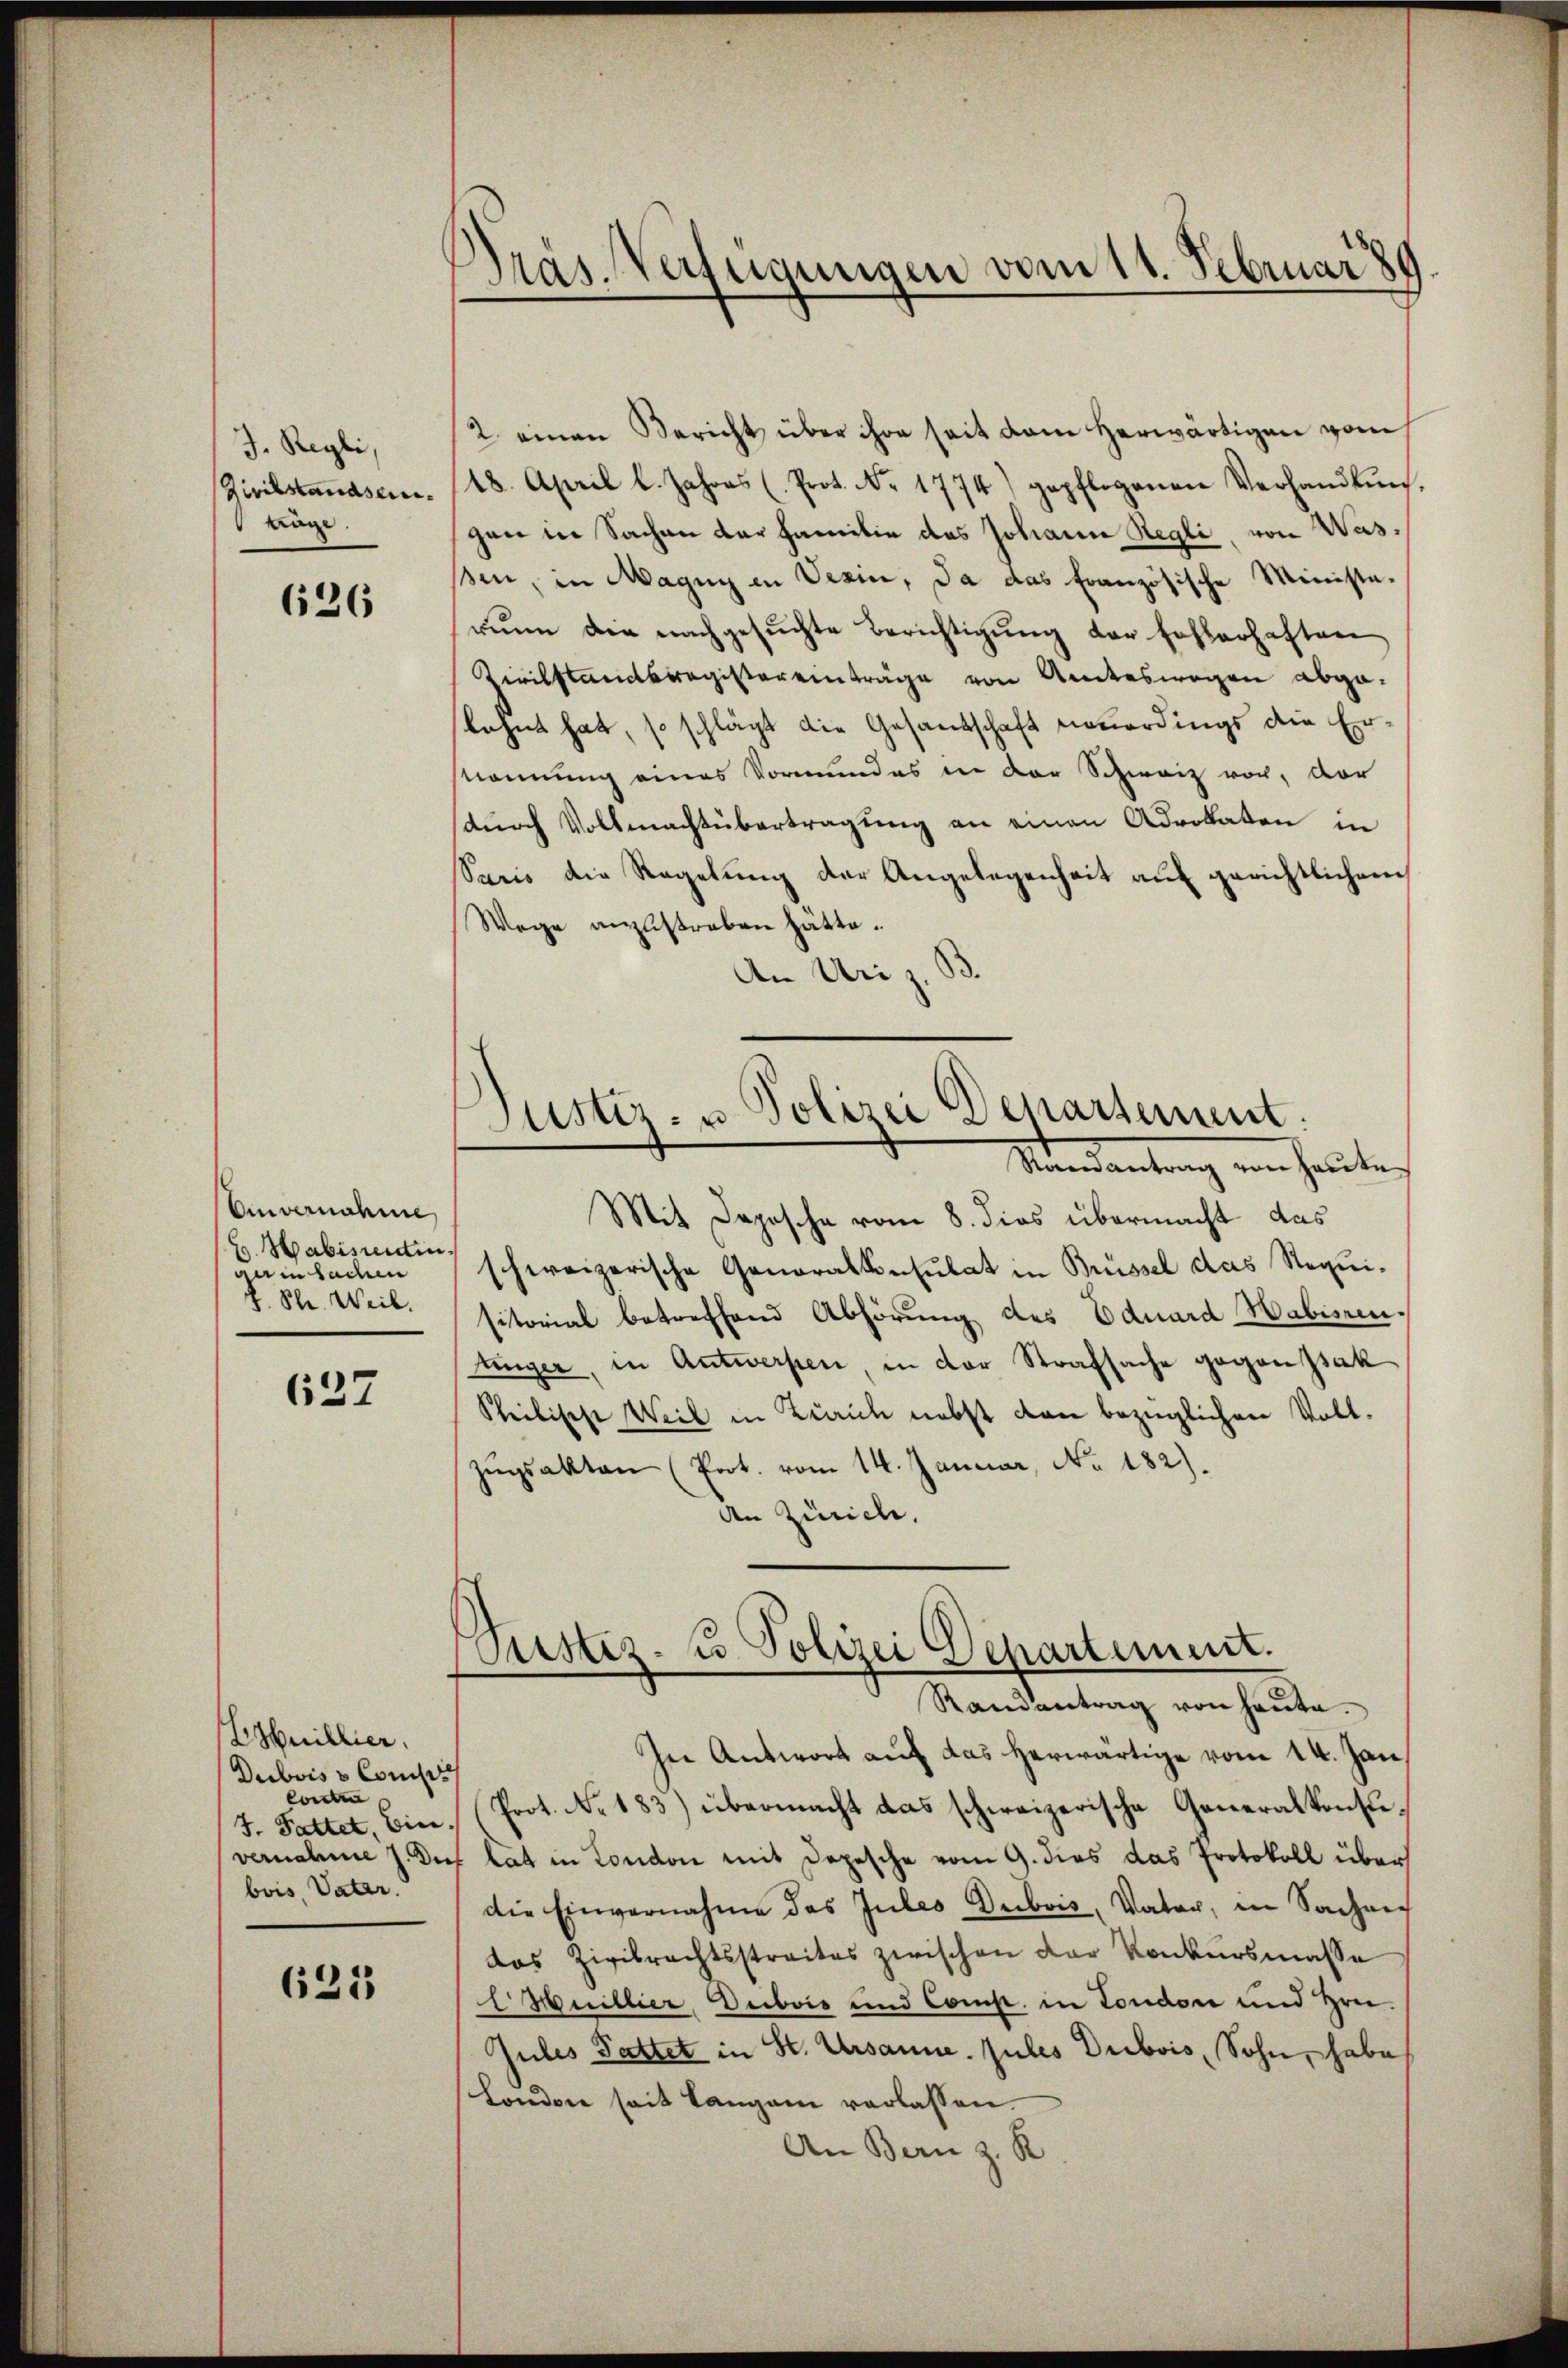
J. Regli,
Zivilstandsei¬
 Lage

626

Einvernahme
E. Habisrentin,
ae in Sachen
f. Ste. Weil.

637

Ehnillier.
Dubois u Conclus
Conclus
J. Fattet, Ein
vernahme 7. Du
bois, Vater.

631

Pras. Verfügungen vom 11. Februar 189

Justiz- u. Polizei Departement.
Randantrag von heute

2. einen Bericht über ihre seit dem herwärtigen vom
18. April l. Jahres (Prot. No. 1774) gepflogenen Verhandlŭng.
gen in Sachen der Familie das Johann Regli, von Wasßen, in Magny in Verin, da das französische Ministerinn die nachgesŭchte Berichtigŭng der fehlerhaften
Kivilstandsregistereinträge von Amteswegen abgalegnet hat, so schlägt die Gesandschaft neuerdings die Er¬
Nonung eines Vormundes in der Schweiz vor, vor
durch Vollmachtübertragung an einen Advokaten in
Paris die Regelŭng der Angelegenheit auf gerichtlichem
Wege anzustreben hätte.
An Uri z. S
Mit Depesche vom 8. dies übermacht das
schweizerische Generalkonsulat in Brüssel das Requisitorial betreffend Abhörung des Eduard Habissen,
linger, in Antwerpen, in der Strafsache gegen Jak
Steilische Weil in Brauch nebst von bezüglichen Vollzŭgsakten (Port. vom 14. Januar, No. 182).
An Zürich.
ustiz- u. Polizei Departement.
Mandantrag von heute
In Antwort auf das herwärtige vom 14. Jan
Prot. No. 183) übermacht das schweizerische Generalkonsuf hat in London mit Depesche vom 9. dies das Protokoll über
die Einvernahme das Jubes Deibois, Vater, in Sachen
das Zivilrechtsstreites zwischen der Konkursmasse
EMuillier, Deibois und Comp. in London und Zwei-
Jules Pattet in St. Ursanne. Jules Dubois, Sohn, habe
Londore seit langen verlassen.
An Bern z. R